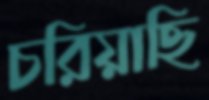
চরিয়াছি